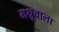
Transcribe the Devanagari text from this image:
मश्रूवाला